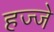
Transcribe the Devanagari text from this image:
हज्जे